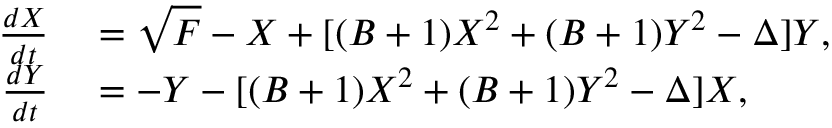
\begin{array} { r l } { \frac { d X } { d t } } & { { } = \sqrt { F } - X + [ ( B + 1 ) X ^ { 2 } + ( B + 1 ) Y ^ { 2 } - \Delta ] Y , } \\ { \frac { d Y } { d t } } & { { } = - Y - [ ( B + 1 ) X ^ { 2 } + ( B + 1 ) Y ^ { 2 } - \Delta ] X , } \end{array}